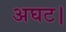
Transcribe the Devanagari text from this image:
अघट।